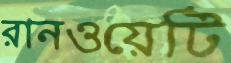
রানওয়েটি